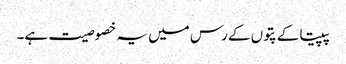
پپیتا کے پتوں کے رس میں یہ خصوصیت ہے۔